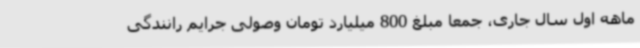
ماهه اول سال جاری، جمعا مبلغ 800 میلیارد تومان وصولی جرایم رانندگی